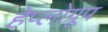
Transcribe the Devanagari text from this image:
हेप्लोग्रूप